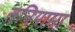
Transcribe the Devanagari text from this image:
तनियामा